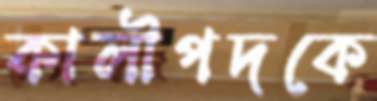
কালীপদকে